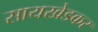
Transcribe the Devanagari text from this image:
सायखेडकर